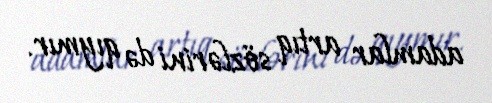
adamlar artıq sözlərini də qıymır.